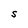
Character: S